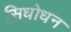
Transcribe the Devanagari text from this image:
सिधोधन